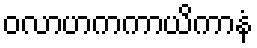
ဝလာဟကကာယိကာနံ